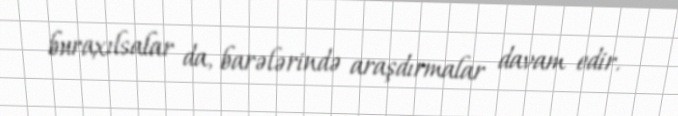
buraxılsalar da, barələrində araşdırmalar davam edir.